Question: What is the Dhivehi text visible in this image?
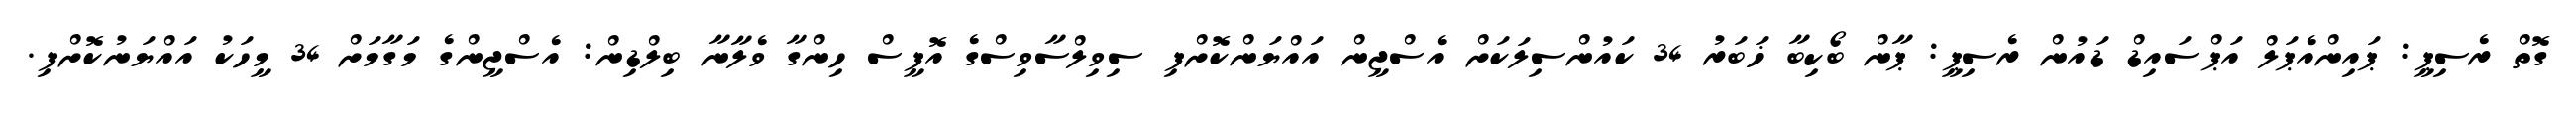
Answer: ގޮތް ރެސިޕީ: ޕައިންއެޕަލް އަޕްސައިޑް ޑައުން ރެސިޕީ: ޕާން ބޯކިބާ ޚަބަރު 34 ކައުންސިލަކަށް އެސްޖީން އައްޔަންކޮށްފި ސިވިލްސާވިސްގެ އޮފީސް ހިންގާ ވެލާނާ ބިލްޑިން: އެސްޖީންގެ މަގާމަށް 34 މީހަކު އައްޔަނުކޮށްފި.